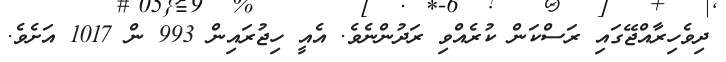
ދިވެހިރާއްޖޭގައި ރަސްކަން ކުރެއްވި ރަދުންނެވެ. އެއީ ހިޖުރައިން 993 ން 1017 އަށެވެ.